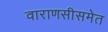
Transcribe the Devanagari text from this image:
वाराणसीसमेत